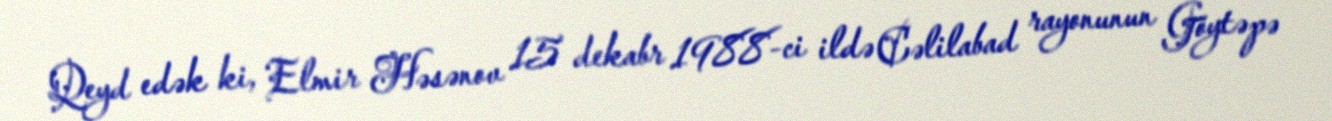
Qeyd edək ki, Elmir Həsənov 15 dekabr 1988-ci ildə Cəlilabad rayonunun Göytəpə